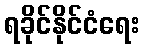
ရခိုင်နိုင်ငံရေး